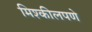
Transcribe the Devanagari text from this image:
मिश्कीलपणे